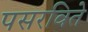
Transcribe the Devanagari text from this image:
पसरविते